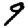
Digit: 9